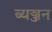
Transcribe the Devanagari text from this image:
ब्यञ्जन